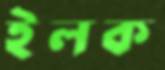
ইলক